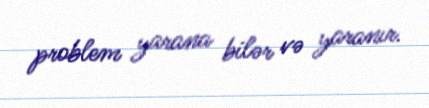
problem yarana bilər və yaranır.